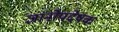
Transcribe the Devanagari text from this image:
ज्ञानोपदेषक